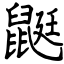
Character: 鼮